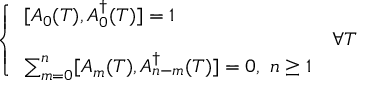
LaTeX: \left\{ \begin{array} { l l } { { \displaystyle [ A _ { 0 } ( T ) , A _ { 0 } ^ { \dag } ( T ) ] = 1 } } & { { } } \\ { { } } & { { \forall T } } \\ { { \sum _ { m = 0 } ^ { n } [ A _ { m } ( T ) , A _ { n - m } ^ { \dag } ( T ) ] = 0 , \, \, n \geq 1 } } & { { } } \end{array} \right.